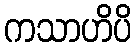
ကသာဟိပိ